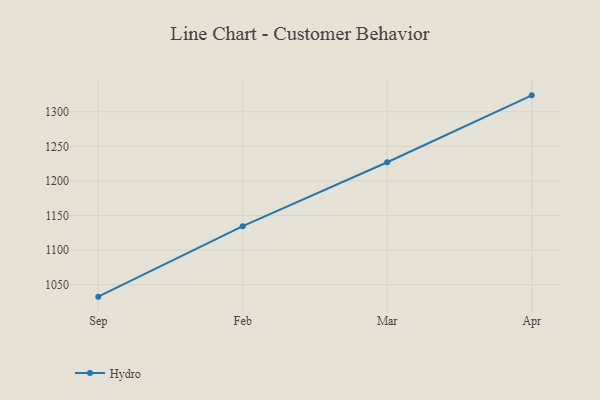
{"axis": {"x": "Month", "y": "Latency (ms)"}, "legend": ["Hydro"], "data": [{"x": "Sep", "y": 1032.7, "type": "Hydro"}, {"x": "Feb", "y": 1134.6, "type": "Hydro"}, {"x": "Mar", "y": 1227.1, "type": "Hydro"}, {"x": "Apr", "y": 1323.8, "type": "Hydro"}]}